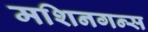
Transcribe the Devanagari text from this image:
मशिनगन्स